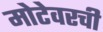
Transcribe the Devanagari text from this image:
मोटेवरची